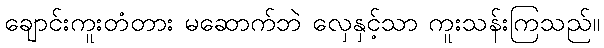
ချောင်းကူးတံတား မဆောက်ဘဲ လှေနှင့်သာ ကူးသန်းကြသည်။